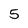
Character: 5